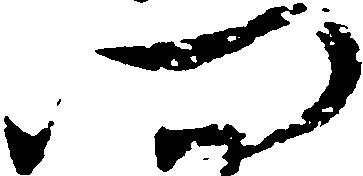
門